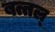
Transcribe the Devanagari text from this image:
बत्तल्